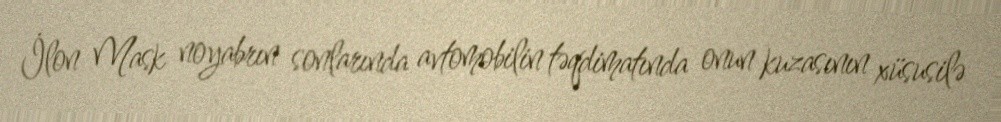
İlon Mask noyabrın sonlarında avtomobilin təqdimatında onun kuzasının xüsusilə